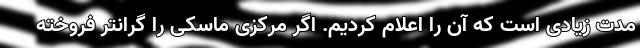
مدت زیادی است که آن را اعلام کردیم. اگر مرکزی ماسکی را گرانتر فروخته